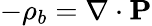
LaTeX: -\rho_{b}=\nabla\cdot\mathbf{P}